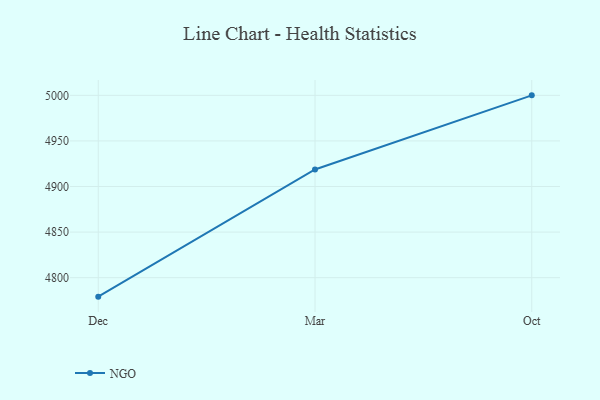
{"axis": {"x": "Month", "y": "Customer Acquisition Cost (USD)"}, "legend": ["NGO"], "data": [{"x": "Dec", "y": 4779.2, "type": "NGO"}, {"x": "Mar", "y": 4918.7, "type": "NGO"}, {"x": "Oct", "y": 5000, "type": "NGO"}]}